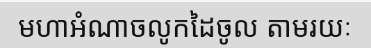
មហាអំណាចលូកដៃចូល តាមរយៈ